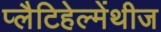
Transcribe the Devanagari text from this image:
प्लैटिहेल्मेंथीज